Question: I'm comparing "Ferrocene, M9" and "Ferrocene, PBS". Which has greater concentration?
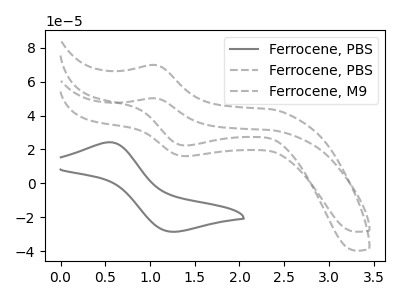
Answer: <think>The gray curve "Ferrocene, PBS" has an anodic peak at (0.55V, 24.30uA) and a cathodic peak at (1.25V, -28.55uA). The gray dashed curve "Ferrocene, PBS" has an anodic peak at (1.05V, 69.85uA) and a cathodic peak at (1.40V, 22.40uA). The gray dashed curve "Ferrocene, M9" has an anodic peak at (1.05V, 50.20uA) and a cathodic peak at (1.40V, 16.10uA).
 All the peaks in "Ferrocene, M9" have a peak in "Ferrocene, PBS" at the same potential.</think>
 <answer>I cant tell if "Ferrocene, M9" or "Ferrocene, PBS" has higher concentration.</answer>
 <eval>mixed_concentration</eval>